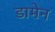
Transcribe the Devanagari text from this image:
डामेन